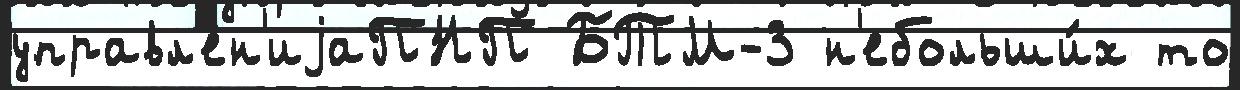
управл'ен'иjаПНП БТМ-3 н'ебольши́х то